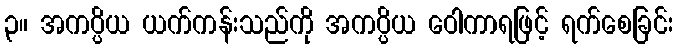
၃။ အကပ္ပိယ ယက်ကန်းသည်ကို အကပ္ပိယ ဝေါကာရဖြင့် ရက်စေခြင်း